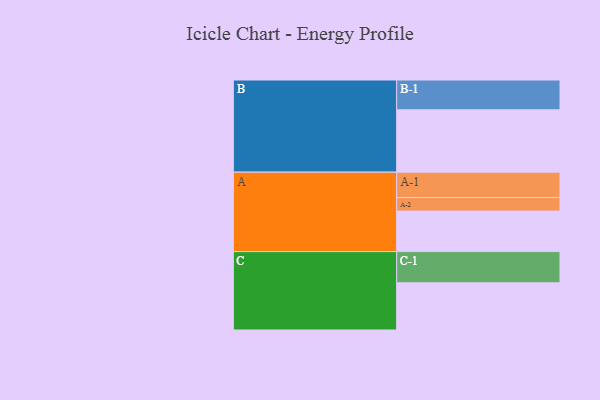
{"axis": {"x": "Segment", "y": "Value"}, "legend": ["", "A", "B", "C"], "data": [{"x": "A", "y": 353, "type": ""}, {"x": "B", "y": 543, "type": ""}, {"x": "C", "y": 411, "type": ""}, {"x": "A-1", "y": 221, "type": "A"}, {"x": "A-2", "y": 118, "type": "A"}, {"x": "B-1", "y": 260, "type": "B"}, {"x": "C-1", "y": 272, "type": "C"}]}